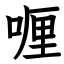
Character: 喱